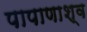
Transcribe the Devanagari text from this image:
पापाणाश्व